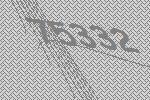
75332